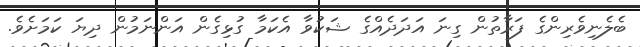
ބެލެނިވެރިންގެ ފަރާތުން ގިނަ އަދަދެއްގެ ޝަކުވާ އެކަމާ ގުޅިގެން އަންނަމުން ދިޔަ ކަމަށެވެ.